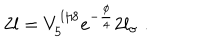
2 l = V _ { 5 } ^ { 1 / 8 } e ^ { - \frac { \phi } { 4 } } 2 l _ { \sigma } \; .